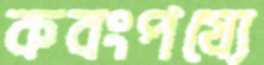
কবংপয্যে